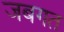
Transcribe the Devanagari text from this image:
जबगत